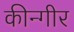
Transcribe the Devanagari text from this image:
कीन्गीर